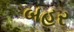
બહર